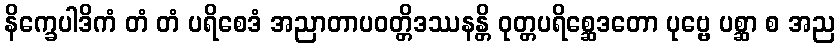
နိက္ခေပါဒိကံ တံ တံ ပရိစေဒံ အညာတာပဝတ္တိဒဿနန္တိ ဝုတ္တပရိစ္ဆေဒတော ပုဗ္ဗေ ပစ္ဆာ စ အည